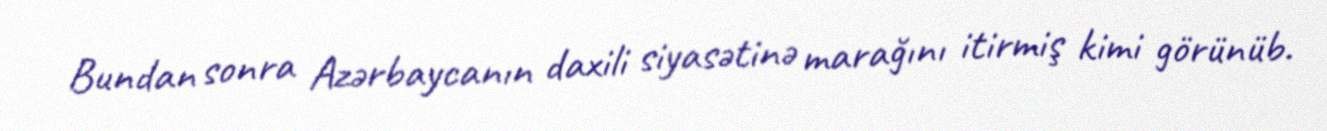
Bundan sonra Azərbaycanın daxili siyasətinə marağını itirmiş kimi görünüb.